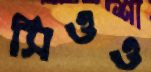
সিওও